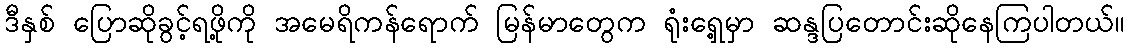
ဒီနှစ် ပြောဆိုခွင့်ရဖို့ကို အမေရိကန်ရောက် မြန်မာတွေက ရုံးရှေ့မှာ ဆန္ဒပြတောင်းဆိုနေကြပါတယ်။